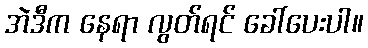
အဲဒီက နေရာ လွတ်ရင် ခေါ်ပေးပါ။